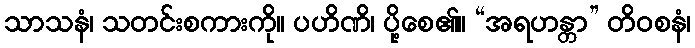
သာသနံ၊ သတင်းစကားကို။ ပဟိဏိ၊ ပို့စေ၏။ “အရဟန္တာ” တိဝစနံ၊